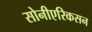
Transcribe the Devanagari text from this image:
सोनीएरिकसन